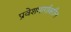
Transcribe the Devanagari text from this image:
प्रवेशमार्गावरील